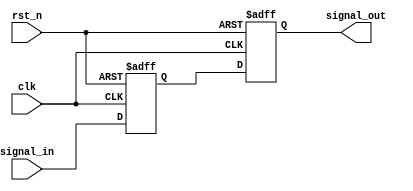
module Delay #(parameter DELAY_TIME = 10) (
    input wire clk,          // Clock signal for synchronization
    input wire rst_n,       // Active low reset
    input wire signal_in,    // Input signal to be delayed
    output reg signal_out    // Delayed output signal
);

    // Internal signal to hold the delayed value
    reg signal_temp;

    // Always block to handle the input signal changes
    always @(posedge clk or negedge rst_n) begin
        if (!rst_n) begin
            signal_out <= 1'b0; // Reset output to 0
            signal_temp <= 1'b0; // Reset temporary signal
        end else begin
            // Capture the input signal with a delay
            signal_temp <= signal_in;
            // After the specified delay, update the output
            #DELAY_TIME signal_out <= signal_temp;
        end
    end

endmodule